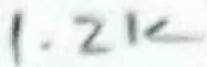
Text: 1.2K